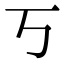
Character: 丂